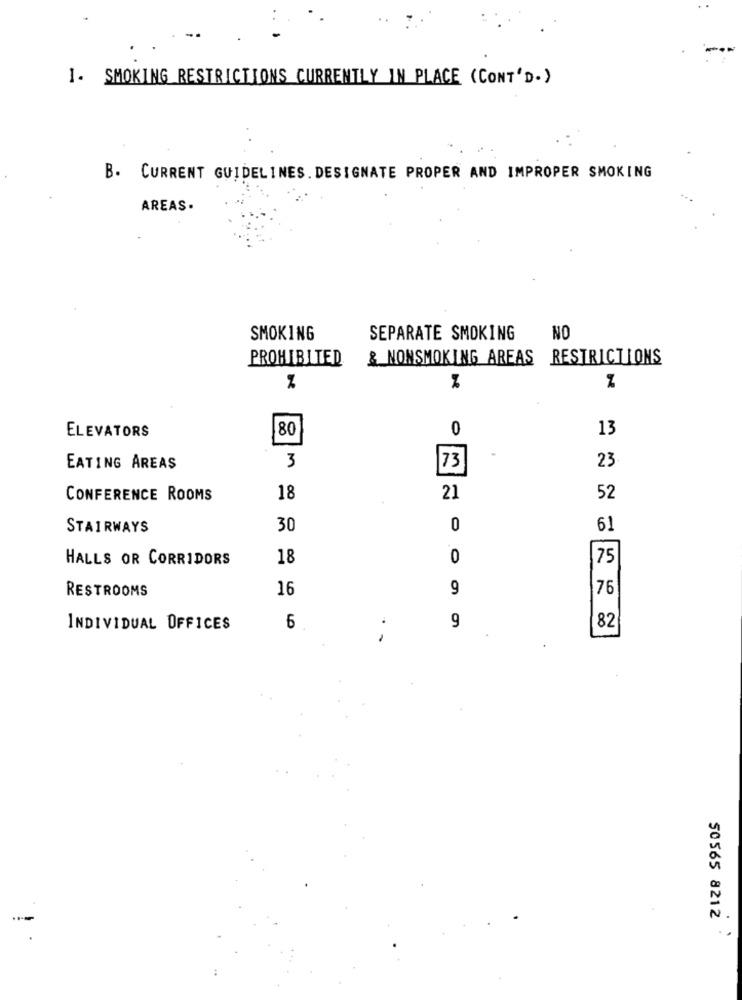
1. SMOKING RESTRICTIONS CURRENTLY IN PLACE (CONT'D.)
B. CURRENT GUIDELINES. DESIGNATE PROPER AND IMPROPER SMOKING
AREAS.
SMOKING
SEPARATE SMOKING
NO
PROHIBITED
&_NONSMOKING AREAS RESTRICTIONS
80
0
13
ELEVATORS
-
EATING AREAS
3
73
23
CONFERENCE ROOMS
18
21
52
STAIRWAYS
30
0
61
HALLS OR CORRIDORS
18
0
75
RESTROOMS
16
9
76
6
9
INDIVIDUAL OFFICES
..
82
-
50565 8212